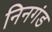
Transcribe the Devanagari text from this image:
निनगंड